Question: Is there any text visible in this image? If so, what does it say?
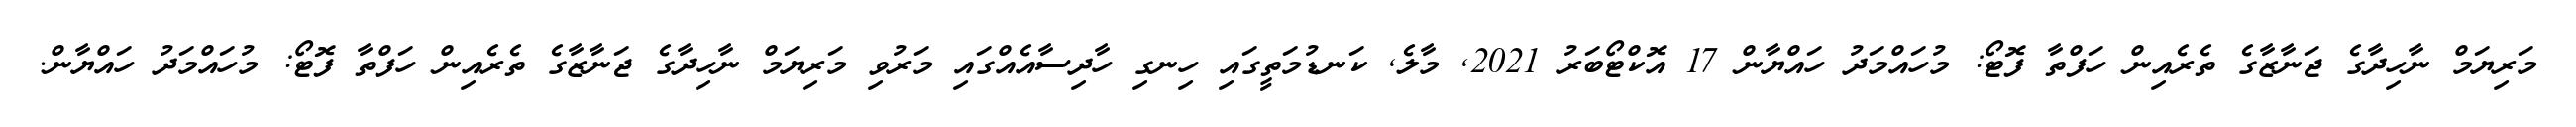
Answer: މަރިޔަމް ނާހިދާގެ ޖަނާޒާގެ ތެރެއިން ހަފްތާ ފޮޓޯ: މުހައްމަދު ހައްޔާން 17 އޮކްޓޯބަރު 2021, މާލެ, ކަނޑުމަތީގައި ހިނގި ހާދިސާއެއްގައި މަރުވި މަރިޔަމް ނާހިދާގެ ޖަނާޒާގެ ތެރެއިން ހަފްތާ ފޮޓޯ: މުހައްމަދު ހައްޔާން.